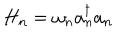
LaTeX: H _ { n } = \omega _ { n } a _ { n } ^ { \dagger } a _ { n }